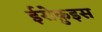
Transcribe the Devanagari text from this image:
ईरोक़ुइस